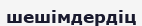
шешімдердіц